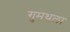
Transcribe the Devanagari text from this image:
गुमथला